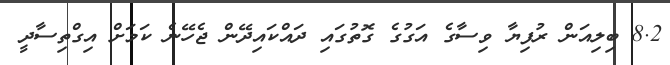
8.2 ބިލިއަން ރުފިޔާ ވިސާގެ އަގުގެ ގޮތުގައި ދައްކައިދޭން ޖެހޭނެ ކަމަށް އިގްތިސާދީ